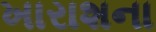
ખારાશના